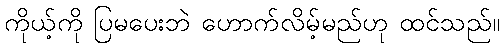
ကိုယ့်ကို ပြမပေးဘဲ ဟောက်လိမ့်မည်ဟု ထင်သည်။